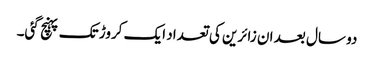
دو سال بعد ان زائرین کی تعداد ایک کروڑ تک پہنچ گئی۔